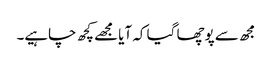
مجھ سے پوچھا گیا کہ آیا مجھے کچھ چاہیے۔